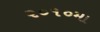
૨૦૧૦મા